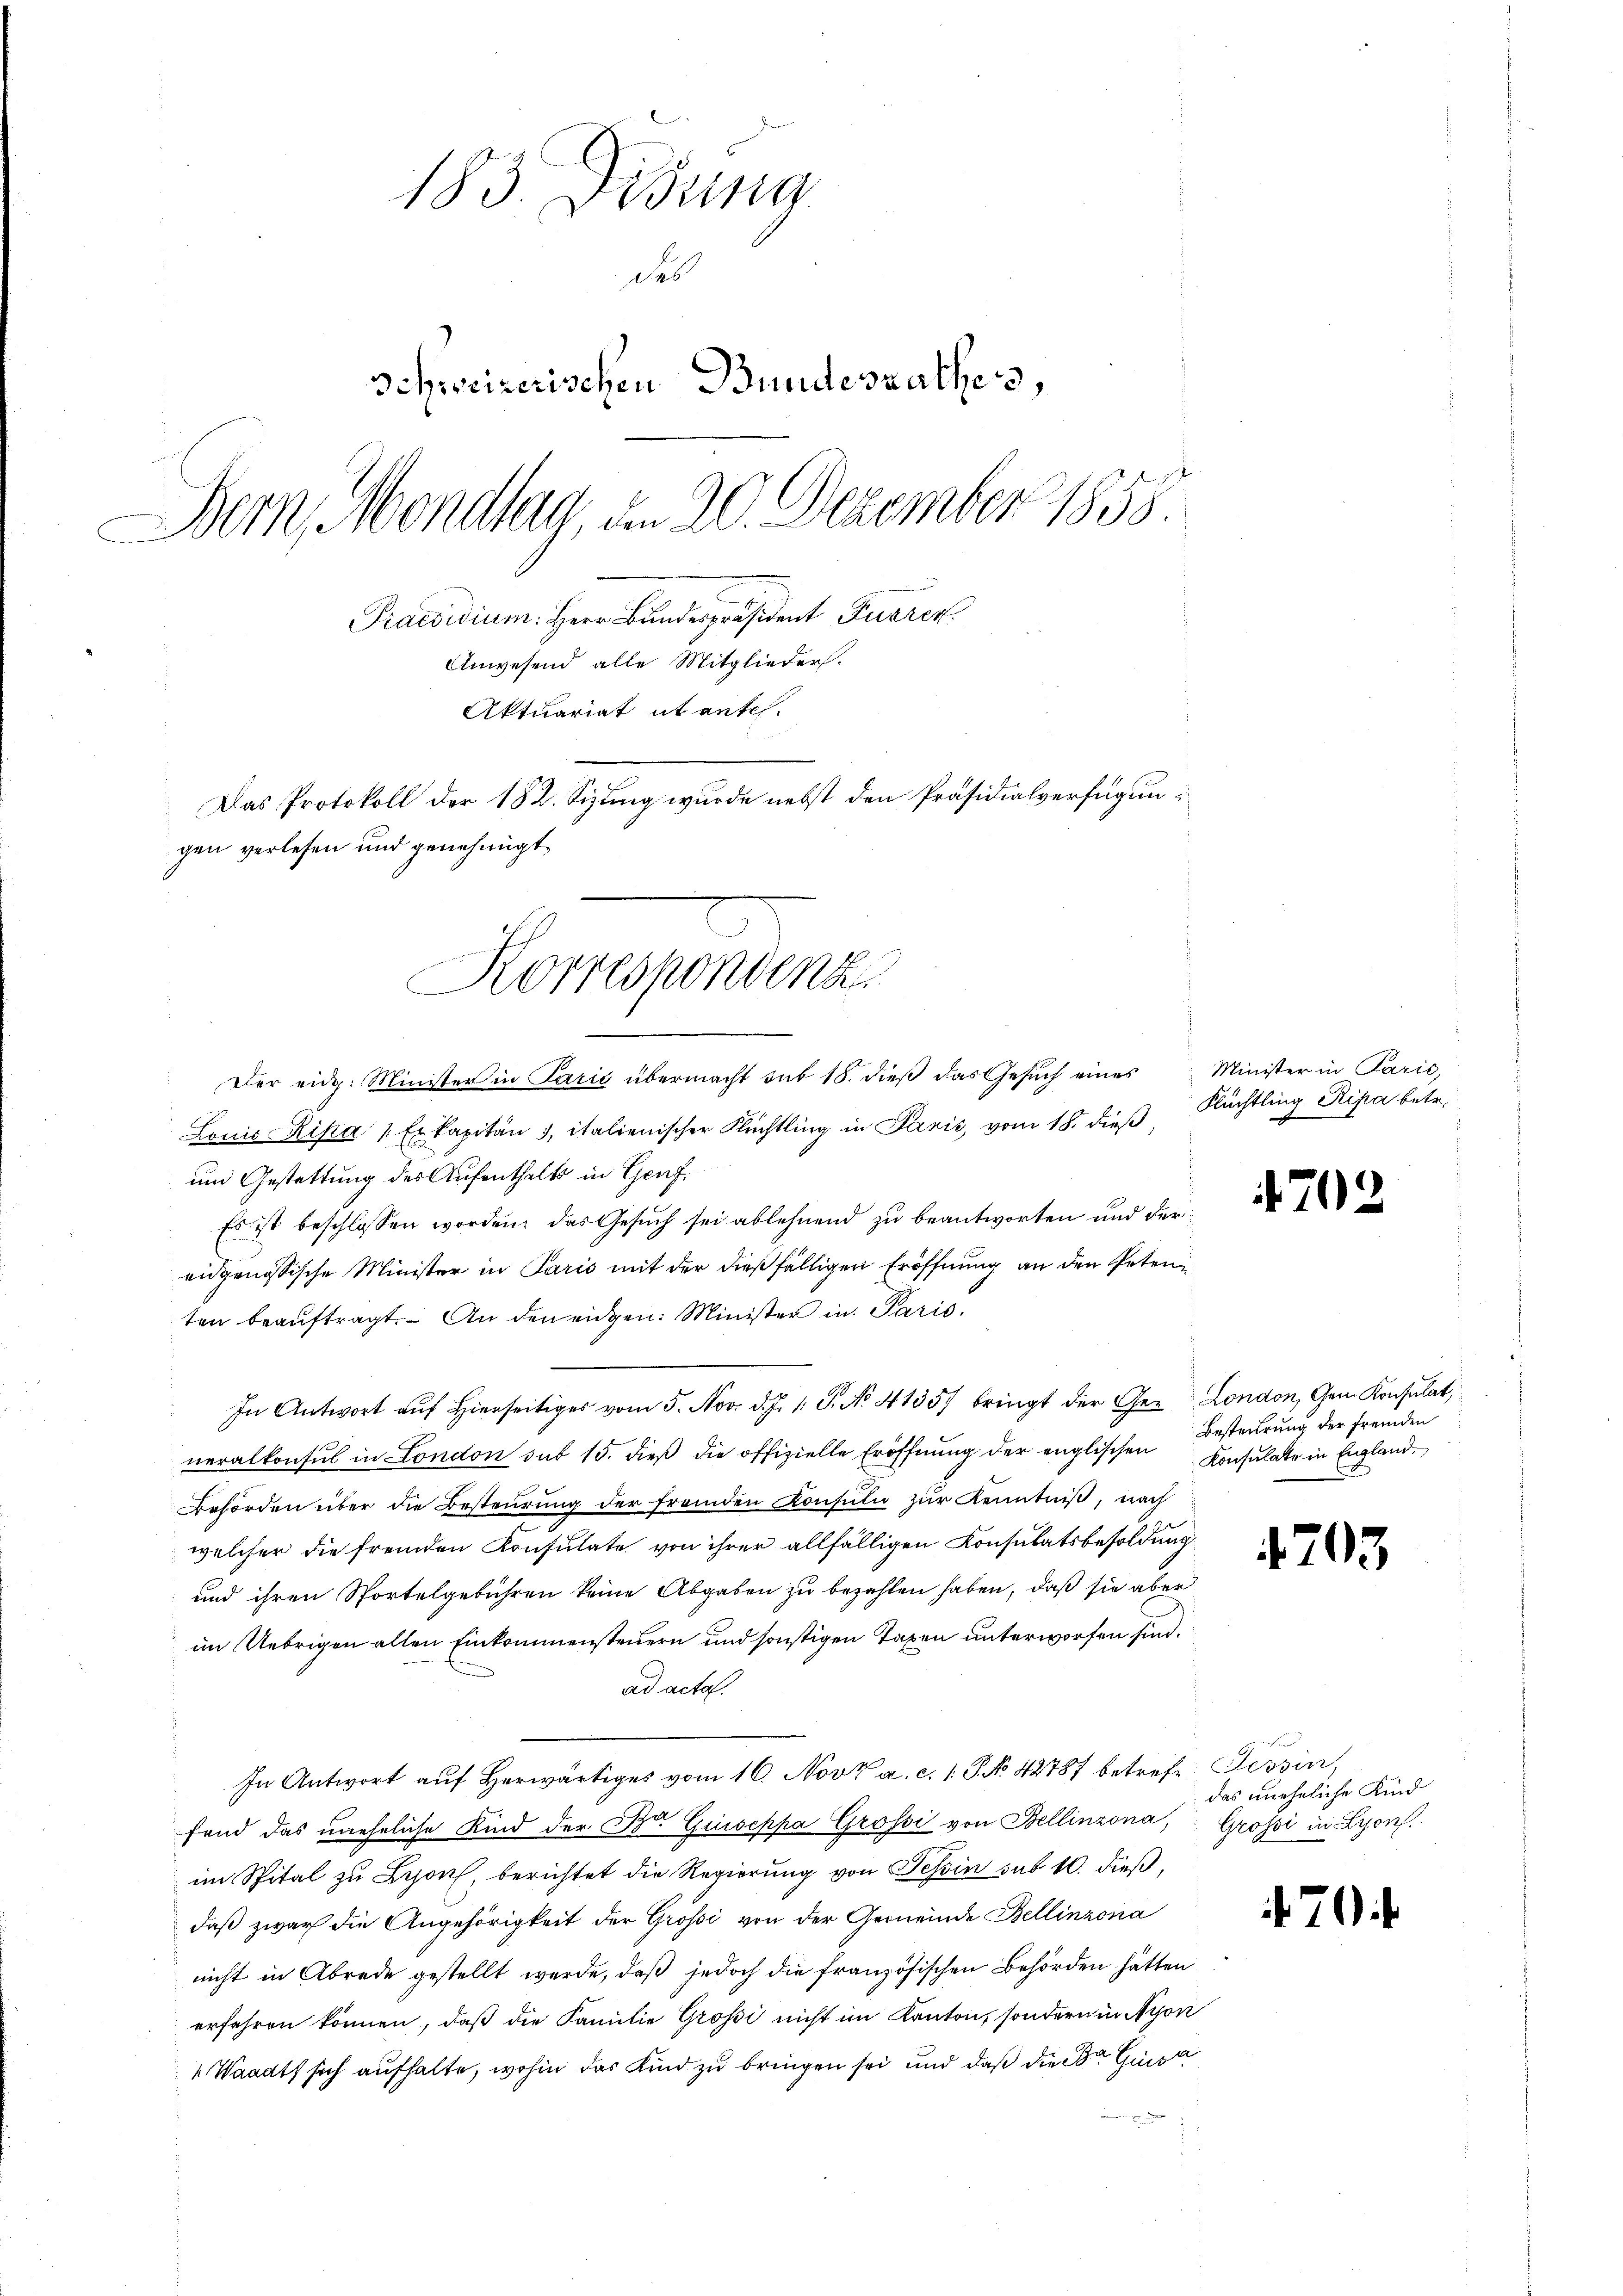
183. Didung
des
Schweizerischen Bundesrathes,
Bern, Mondlag, den 20. Dezember 1858
Praesidium. Herr Bunder praesident Furren
Anwesend alle Mitglieder.
Aktuariat it ente.
Das Protokoll der 182. Sizung wurde nebst den Präsidialverfügungen verlesen und genehmigt.

Korrespondenz

Der eidg. Minister in Paris übermacht sub 18. dieβ das Gesŭch eines Minister in Parić,
Louis-Ripa 1. Er kapitän 3, italienischer Flüchtling in Panić, vom 18. dieß
um Gestattung des Aufenthalts in Genf,
Es ist beschlossen worden, das Gesuch sei ablehnend zu beantworten und dereidgenössische Minister in Paris mit der dießfälligen Eröffnung an den Peten
ten beaŭftragt. An den eidgen: Minister in Paris.
In Antwort aŭf hierseitiges vom 5. Nov. d. J. 1. P. No. 41357 bringt der Ge- London, Gem. Konsulat,
neralkonsul in London aus 15. dieβ die offizielle Eröffnung der englischen Besteurung der fremden
Behörden über die Besteŭrŭng der fremden Konsŭli zŭr Kenntniß, nach
welcher die fremden Konsulate von ihrer allfälligen Konsulatsbesoldung
und ihren Sportelgebühren keine Abgaben zu bezahlen haben, daß sie aber
im Uebrigen alten Einkommensteuern und sonstigen Taxen unterworfen sind.
ad acta.
In Antwort auf herwärtiges vom 16. Novz a. c. 1. P. No. 42787 betrefe: Tessin,
fand das uneheliche Kind der Dr. Guseppa Grossi von Bellinzona, Grossi in Lyon.
im Spital zu Leon, berichtet die Regierŭng von Tessin sub 10. dieß,
daß zwar die Angehörigkeit der Grossi von der Gemeinde Bellinzona
nicht in Abrede gestellt werde, daß jedoch die französischen Behörden hätten
erfahren können, daß die Familie Grosi nicht im Kanton, sondern in Nyon
Waadt sich aufhalte, wohin das Kind zu bringen sei und daß die der Gesa

Flüchtling Ripa betr.

4702

Konsulate in England.

4703

das uneheliche Kind

70